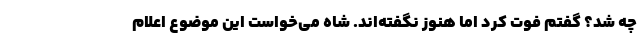
چه شد؟ گفتم فوت کرد اما هنوز نگفته‌اند. شاه می‌خواست این موضوع اعلام